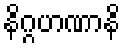
နိဂ္ဂဟဏာနိ